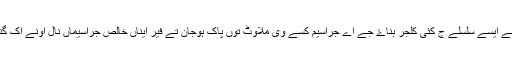
ایس کلجر توں اونے ایسے سلسلے ج کئی کلجر بناۓ جے اے جراسیم کسے وی ملاوٹ توں پاک ہوجان تے فیر ایناں خالص جراسیماں نال اونے اک گنی پگ نون ماریا۔